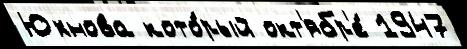
Юхнова кото́рый окт'ябр'е́ 1947